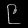
Digit: ၉